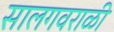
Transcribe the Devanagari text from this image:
सालगवराळी